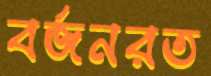
বর্জনরত